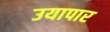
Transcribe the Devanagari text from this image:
उयापार